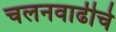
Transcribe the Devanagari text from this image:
चलनवाढीचे